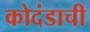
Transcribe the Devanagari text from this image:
कोदंडाची